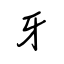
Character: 牙